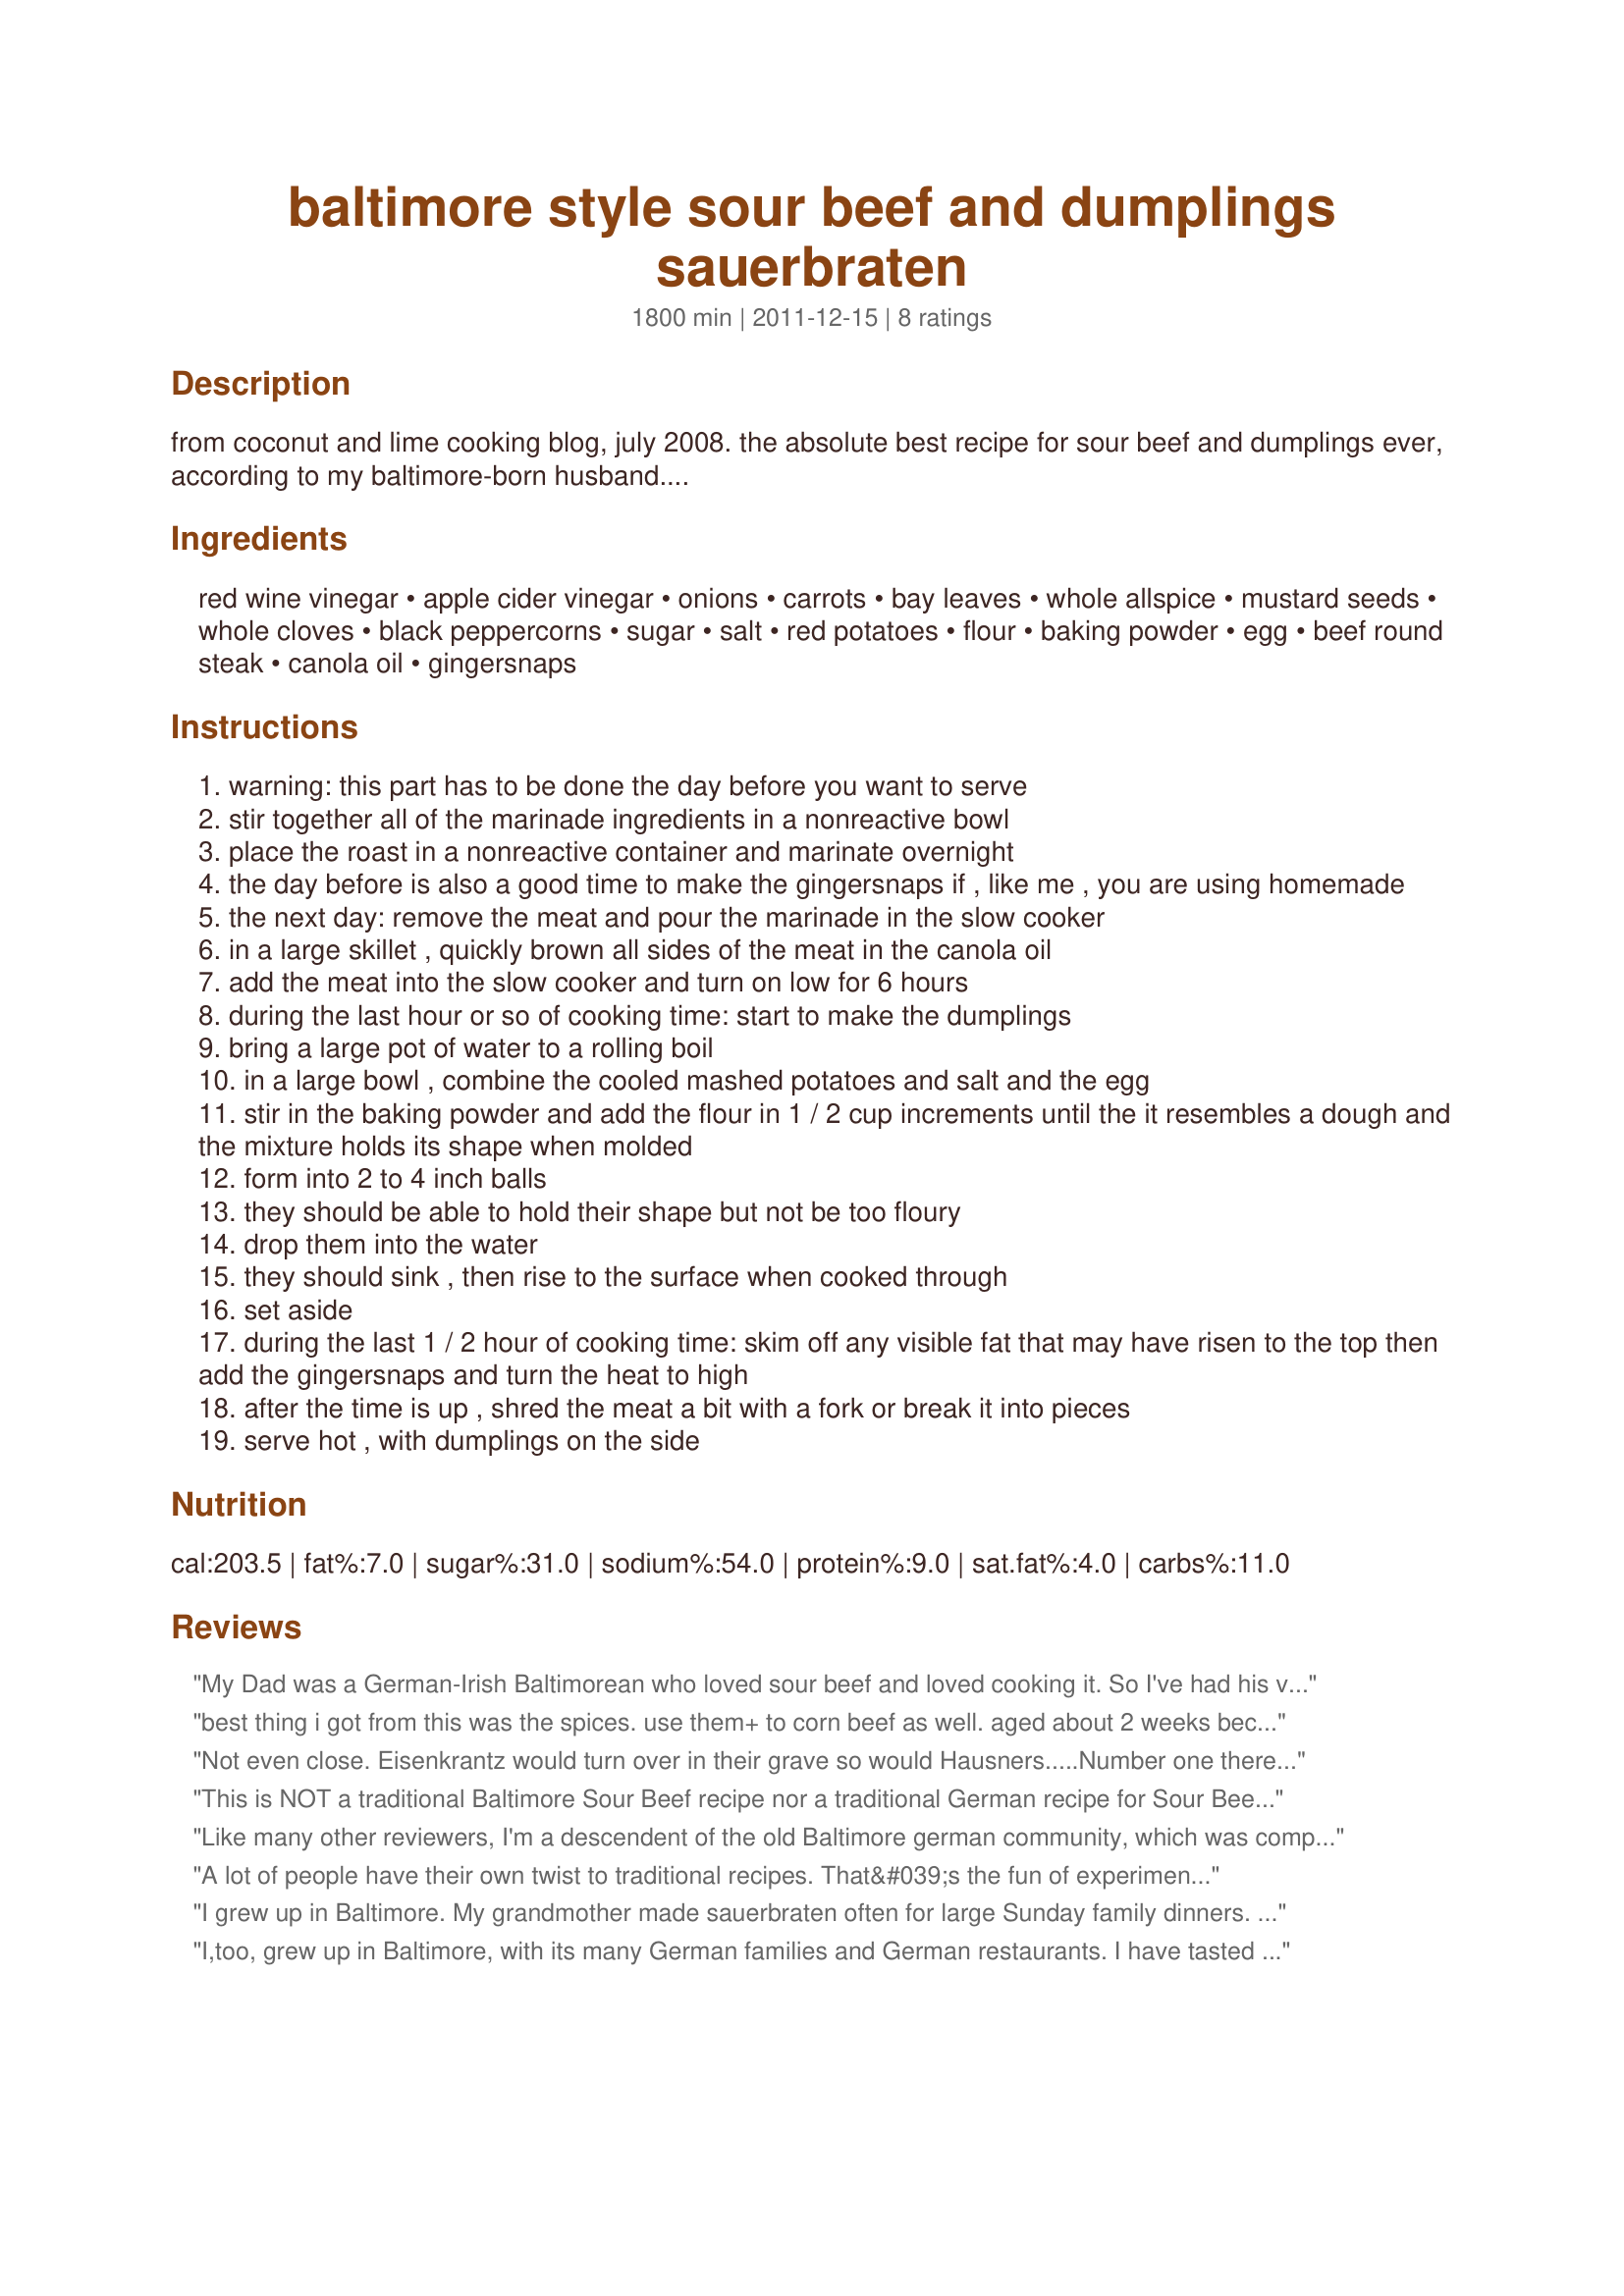
baltimore style sour beef and dumplings sauerbraten
Preparation time: 1800 minutes

from coconut and lime cooking blog, july 2008. the absolute best recipe for sour beef and dumplings ever, according to my baltimore-born husband....

Ingredients:
red wine vinegar, apple cider vinegar, onions, carrots, bay leaves, whole allspice, mustard seeds, whole cloves, black peppercorns, sugar, salt, red potatoes, flour, baking powder, egg, beef round steak, canola oil, gingersnaps

Steps:
warning: this part has to be done the day before you want to serve
stir together all of the marinade ingredients in a nonreactive bowl
place the roast in a nonreactive container and marinate overnight
the day before is also a good time to make the gingersnaps if , like me , you are using homemade
the next day: remove the meat and pour the marinade in the slow cooker
in a large skillet , quickly brown all sides of the meat in the canola oil
add the meat into the slow cooker and turn on low for 6 hours
during the last hour or so of cooking time: start to make the dumplings
bring a large pot of water to a rolling boil
in a large bowl , combine the cooled mashed potatoes and salt and the egg
stir in the baking powder and add the flour in 1 / 2 cup increments until the it resembles a dough and the mixture holds its shape when molded
form into 2 to 4 inch balls
they should be able to hold their shape but not be too floury
drop them into the water
they should sink , then rise to the surface when cooked through
set aside
during the last 1 / 2 hour of cooking time: skim off any visible fat that may have risen to the top then add the gingersnaps and turn the heat to high
after the time is up , shred the meat a bit with a fork or break it into pieces
serve hot , with dumplings on the side

Reviews:
My Dad was a German-Irish Baltimorean who loved sour beef and loved cooking it. So I've had his version (not with slow cooker), my version (his recipe but with slow cooker) and some Baltimore and maybe Milwaukee restaurant versions I don't remember so well. Also had it a couple of times in Bavaria in the early 80's where they used sliced beef and it was pretty different than the home-cooked Baltimore version. I think this recipe is too sour - probably too much vinegar and I've never used red wine vinegar just apple cider vinegar. Also too much onion and the carrots seemed out of place. Dumplings were bland. I wasn't fond of biting into peppercorns. I've used a teaball filled with pickling spices instead of loose spices in the marinade. So I may try tweaking this a bit or just go back to my Dad's version (which uses stew meat instead of beef round). Red cabbage on the side goes well with sour beef.
best thing i got from this was the spices. use them+ to corn beef as well. aged about 2 weeks because of circumstances. Aunt Mag, who still lives in east Balto. was the sour beef/dumplings go to. She said it was overnight, and sometimes on the run with --throw in the distilled white vinegar to the cooking beef! Added water to the marinade.
Not even close. Eisenkrantz would turn over in their grave so would Hausners.....Number one there was no red wine vinegar in any of their pantries....my mother made this a few times a year (we couldn't eat it anymore often due to the amount of calories and full-feeling after eating)....Eisenkrantz used to have a special every Tuesday night in Highlandtown back in the 50s and 60's so another reason mom didn't make this often....her's was so good and the dumplings were so light...it had a slightly sweet spicy taste with thick gravy low on oil and meat so tender it would fall apart....many of the spices are the same but in different proportions...and yes there is vinegar but not nearly this much....and the ginger snaps are authentic (makes the taste sweeter and thickens the gravy).
This is NOT a traditional Baltimore Sour Beef recipe nor a traditional German recipe for Sour Beef. They do not call for red wine vinegar. Do yourself a favor and find a different recipe on the web. Pickling spices are key not the spices listed in this recipe. McCormick&#039;s makes a great pickling spice (Cinnamon, Allspice, Mustard Seed, Coriander, Bay Leaves, Ginger, Chilies, Cloves, Black Pepper, Mace, Cardamom). If you are lucky enough to live in Baltimore you could &quot;cheat&quot; and buy a bottle of Mrs. Minnick&#039;s Sour Beef mix.
Like many other reviewers, I'm a descendent of the old Baltimore german community, which was comprised mainly of southern Germans. I think the problem with this recipe is the undiluted vinegar. Our marinade( which should be for 3 days minimum) calls for 2 cups red wine vinegar ( I don't think the type of vinegar is a problem) and 2 cups water. The spices are not McCormick- although a wonderful Baltimore company, they didn't complete the spice base. Spices for the marinade are 1 sliced onion,10 peppercorns, 2 bay leaves, 3 cloves, grated ginger, stick of cinnamon and one lemon, sliced. You can add additional pickling spice if desired. Choose the cut of meat carefully. Remember saurbraten was a way to preserve and tenderise beef. Brown the roast in oil, then add the strained marinade. Roast in oven. For the gravy, add 1 cup gingersnaps to 3 cups cooking liquid. Finally, add one half cup sour cream. My grandfather would have used lebkuchen instead of gingersnaps. He also used juniper berries in the marinade. The recipe for potato dumplings following this recipe is wrong- use russet potatoes well dried after boiling, no leavening at all and as little flour to create tender dumplings that hold together. Grandfathe would have insisted on a piece of buttered crouton in the middle of each! Hope you like our version!
A lot of people have their own twist to traditional recipes. That&#039;s the fun of experimenting. I tried this version and it was very good, though not necessarily suiting the pallet of some others. Some versions are more or less sour depending on individual preferences. This one is more on the sour side. I used a 3 lb chuck roast and followed the recipe exactly, then tweaked the flavor a little. The meat was absolutely fall-apart tender and flavorful. I added more brown sugar at the end to balance the sour side otherwise just fine.
I grew up in Baltimore. My grandmother made sauerbraten often for large Sunday family dinners. It was outstanding/excellent and one of the best food memories of my childhood. This recipe is as close to horrible as one can get. We tried to eat it and could not. I am heartbroken. I hoped that this would be a memory trip back to Baltimore from North Carolina. Instead we have frozen the remains of the meal until trash day. &lt;br/&gt;&lt;br/&gt;The meal from my childhood was cooked in a pressure cooker. I cooked this in a very expensive slow-cooker and I followed the recipe 100%. The results were dismal. The meat was dry as wall board and the gravy was soooooo sour from quality vinegar that it nearly made us gag. &lt;br/&gt;&lt;br/&gt;Too bad.
I,too, grew up in Baltimore, with its many German families and German restaurants. I have tasted a lot of sour beef in my 76 years on the face of this earth, including one of the best created by my Polish grandmother, and sour beef is not sour beef without the Gingersnap gravy!!!!!! Can anyone direct me to a good Gingersnap gravy???? My grandmother took her's to the grave with her.
